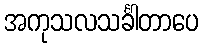
အကုသလသင်္ခါတာပေ